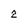
Character: 2